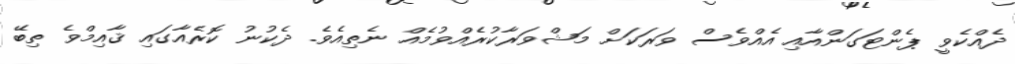
ދެއްކެވީ ޕެންޓަގަންއާއި އެއްވެސް ވަރަކަށް މަޝްވަރާކުރެއްވުމެއް ނެތިއެވެ. ދެކުނު ކޮރެއާގައި ޤާއިމްވެ ތިބޭ